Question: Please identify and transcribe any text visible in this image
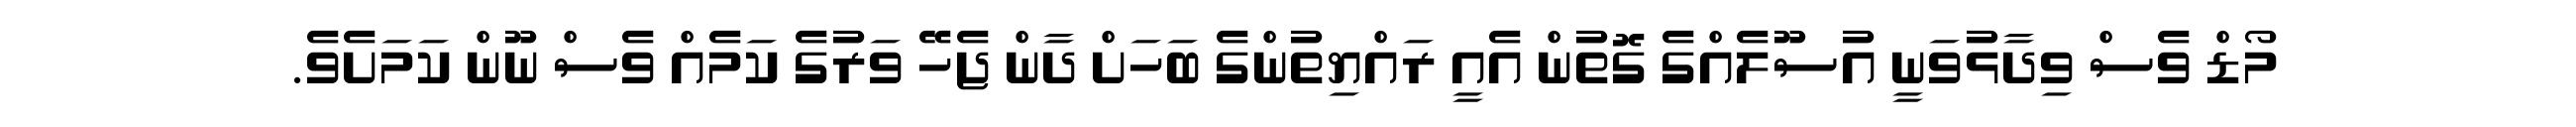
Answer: މޯޑް ވެސް ވިދާޅުވަނީ އުސޫލެއްގެ ގޮތުން އެއީ ރައްޔިތުންގެ ބަހަށް ދާން ޖެހޭ ވަރުގެ ކަމެއް ވެސް ނޫން ކަމަށެވެ.